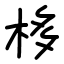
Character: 栘